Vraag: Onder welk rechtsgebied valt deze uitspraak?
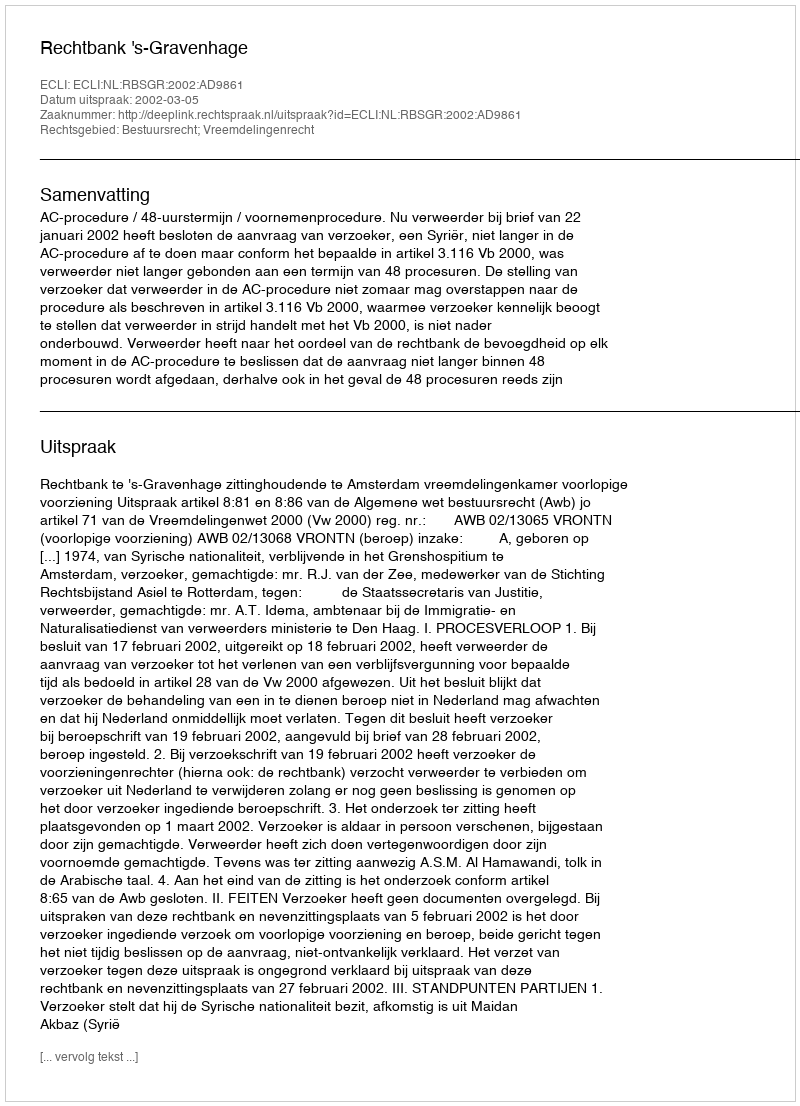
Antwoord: Bestuursrecht; Vreemdelingenrecht